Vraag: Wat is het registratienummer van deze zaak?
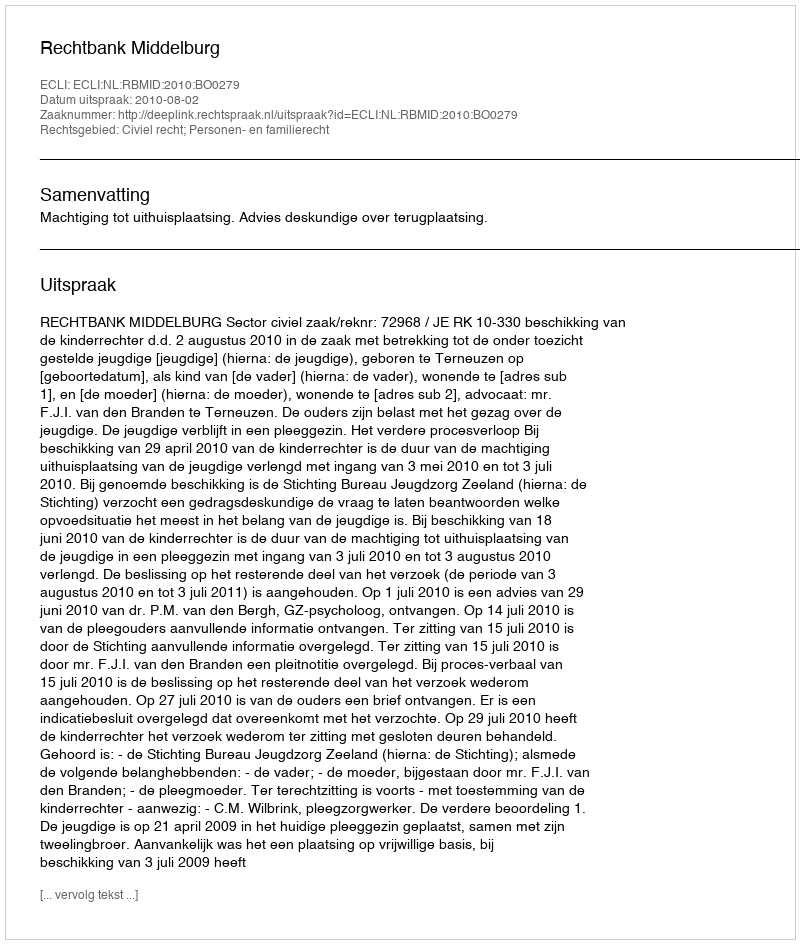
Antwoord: http://deeplink.rechtspraak.nl/uitspraak?id=ECLI:NL:RBMID:2010:BO0279